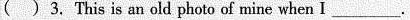
( ) 3. This is an old photo of mine when I___.